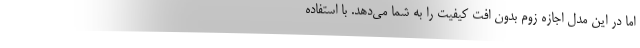
اما در این مدل اجازه زوم بدون افت کیفیت را به شما می‌دهد. با استفاده